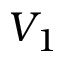
V _ { 1 }